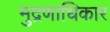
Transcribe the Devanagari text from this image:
मुद्रणाधिकार